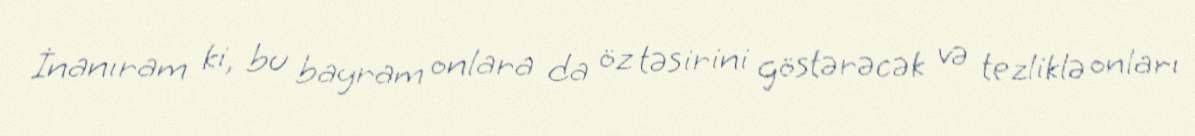
İnanıram ki, bu bayram onlara da öz təsirini göstərəcək və tezliklə onları